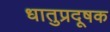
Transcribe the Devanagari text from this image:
धातुप्रदूषक